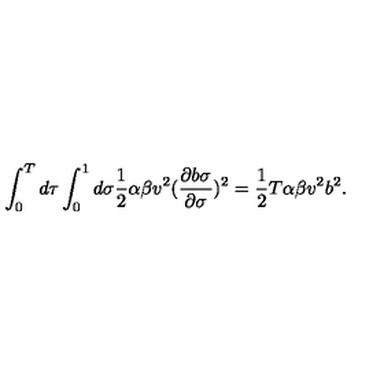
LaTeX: \int _ { 0 } ^ { T } d \tau \int _ { 0 } ^ { 1 } d \sigma \frac { 1 } { 2 } \alpha \beta v ^ { 2 } ( \frac { \partial b \sigma } { \partial \sigma } ) ^ { 2 } = \frac { 1 } { 2 } T \alpha \beta v ^ { 2 } b ^ { 2 } .